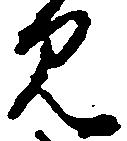
見